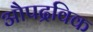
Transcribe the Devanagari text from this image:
औपद्रविक